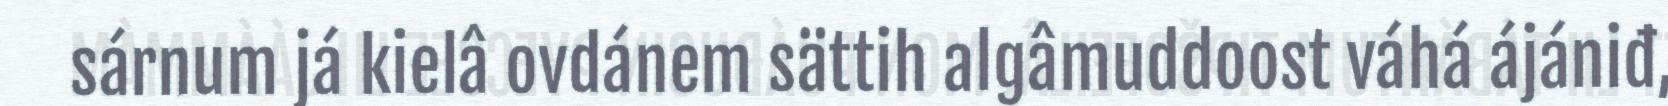
sárnum já kielâ ovdánem sättih algâmuddoost váhá ájániđ,